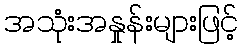
အသုံးအနှုန်းများဖြင့်